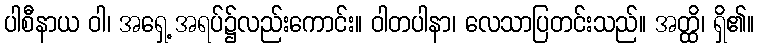
ပါစီနာယ ဝါ၊ အရှေ့ အရပ်၌လည်းကောင်း။ ဝါတပါနာ၊ လေသာပြတင်းသည်။ အတ္ထိ၊ ရှိ၏။